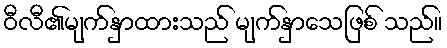
ဝီလီ၏မျက်နှာထားသည် မျက်နှာသေဖြစ် သည်။